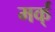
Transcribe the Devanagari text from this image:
मर्क्